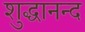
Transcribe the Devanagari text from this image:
शुद्धानन्द